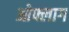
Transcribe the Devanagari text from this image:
ओफ्लाग